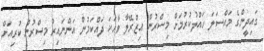
ގައިދީންގެ މައްސަލަ ހައްލުކުރުމަށް މިސްރުން އިޒްރޭލާ ވާހަކަ ދައްކަމުން އަންނައިރު މިސްރުން ކުރިއަށް